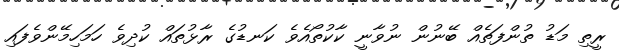
ރީތި މަޑު ތުންފަތެއް ބޭނުން ނުވާނީ ކާކުތޯއެވެ ކަނޑުގެ ރާޅުތައް ކުދިވެ ހަމަހިމޭންވެފައި